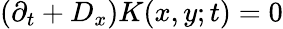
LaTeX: (\partial_{t}+D_{x})K(x,y;t)=0